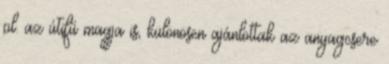
pl. az útifű magja is, különösen ajánlottak az anyagcsere